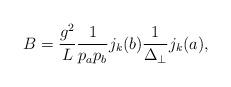
LaTeX: \begin{align*}B = \frac{g^2}{L}\frac{1}{p_a p_b} j_k(b)\frac{1}{\Delta_\perp}j_k(a),\end{align*}